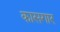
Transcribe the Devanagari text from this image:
कासगार